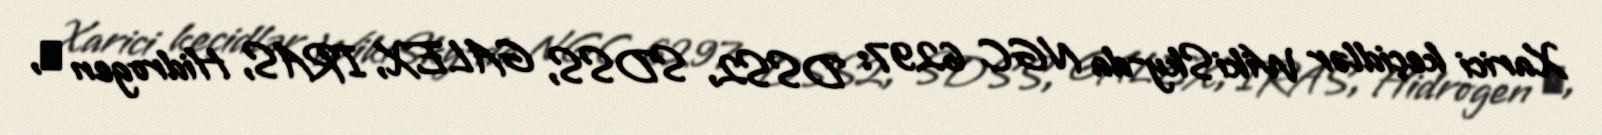
Xarici keçidlər WikiSky-da NGC 6297: DSS2, SDSS, GALEX, IRAS, Hidrogen α,